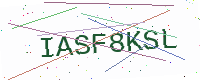
Text: IASF8KSL